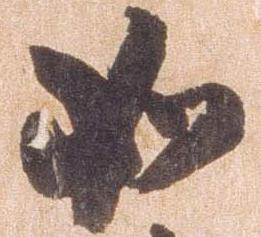
如